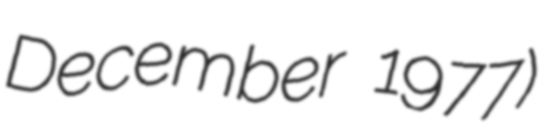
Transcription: December 1977)